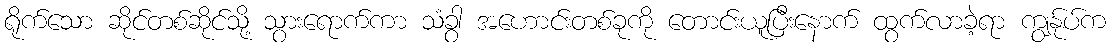
ရိုက်သော ဆိုင်တစ်ဆိုင်သို့ သွားရောက်ကာ သံခွာ အဟောင်းတစ်ခုကို တောင်းယူပြီးနောက် ထွက်လာခဲ့ရာ ကျွန်ုပ်က